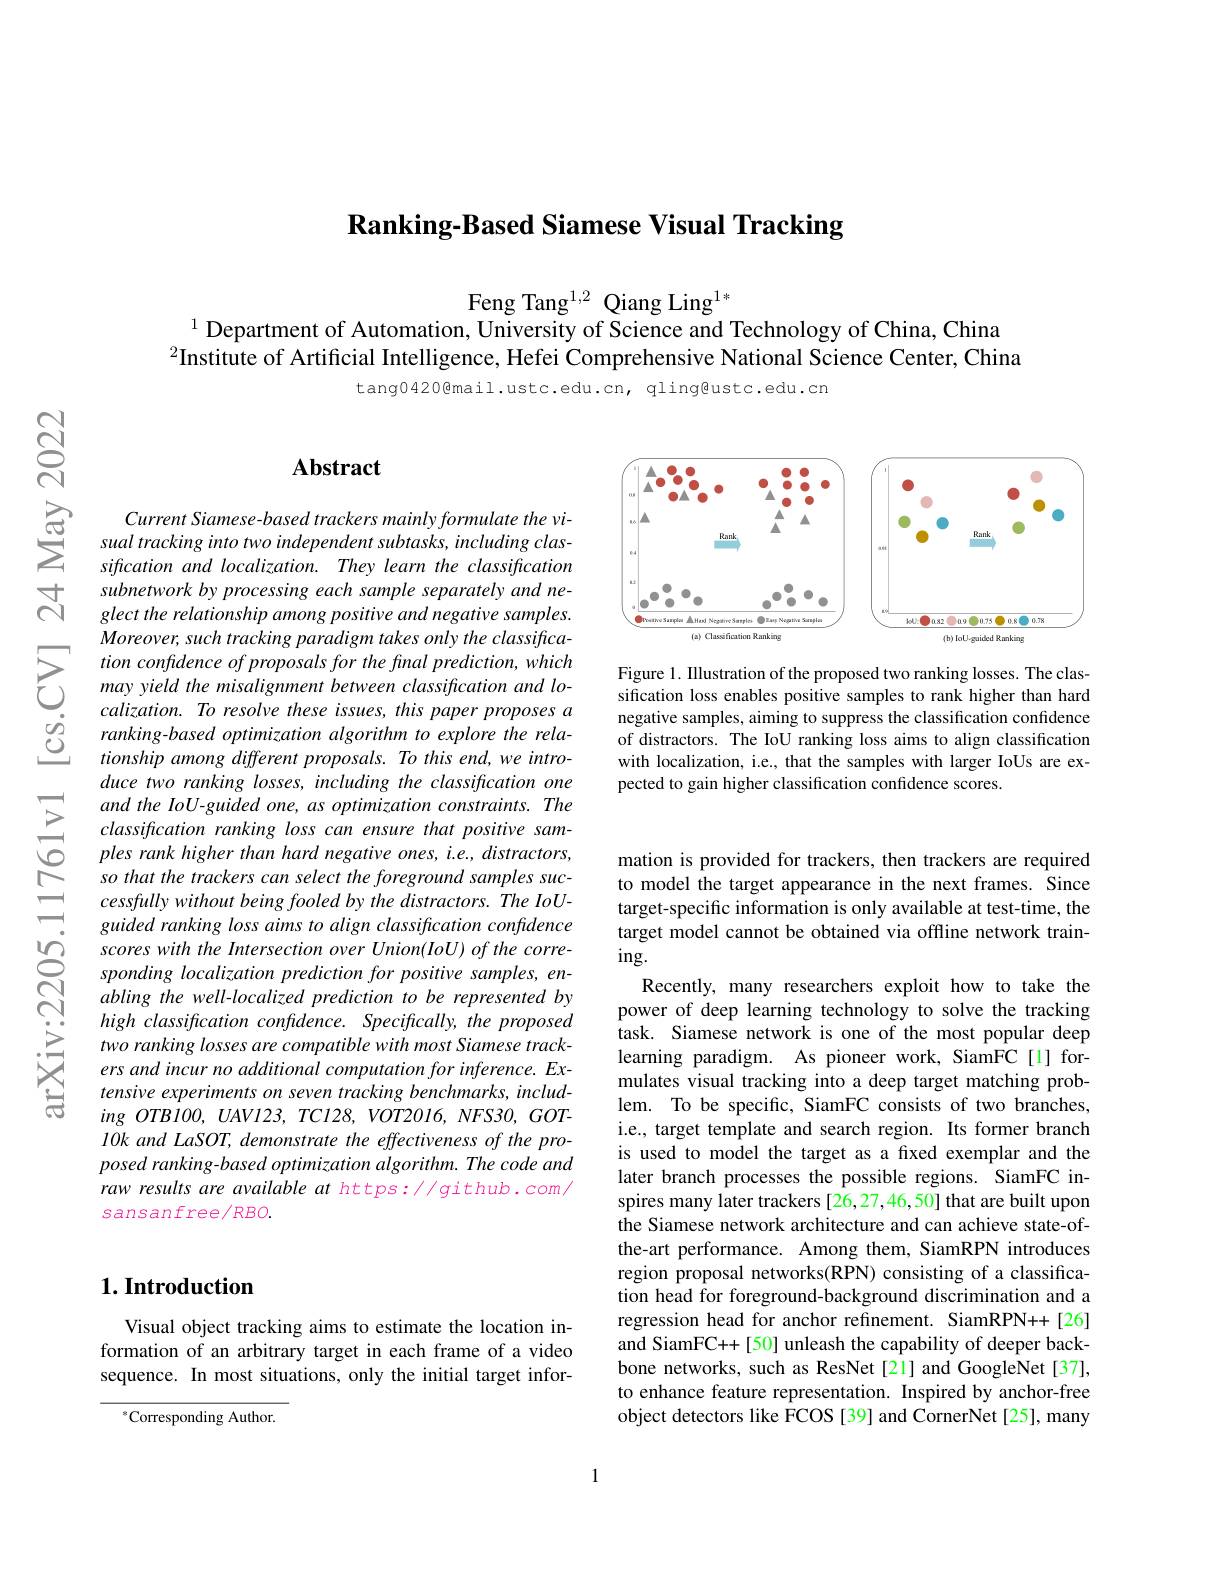
$\textbf{Ranking- Based Siamese Visual Tracking}$

Feng Tang$^{1,2}$ Qiang Ling$^{1*}$
$^{1}$ Department of Automation, University of Science and Technology of China, China $^{2}$Institute of Artificial Intelligence, Hefei Comprehensive National Science Center, China

tang0420@mail.ustc.edu.cn, qling@ustc.edu.cn

$ଟ୍ରି$

<FigureHere>

Figure 1. Illustration of the proposed two ranking losses. The classification loss enables positive samples to rank higher than hard negative samples, aiming to suppress the classification confidence of distractors. The IoU ranking loss aims to align classification with localization, i.e., that the samples with larger IoUs are expected to gain higher classification confidence scores.

## $\mathbf{Abstract}$

$\sum_{sualtracking~into~two~independent~subtasks,~including~clas-}\\\sum_{sification~and~localization.~Thev~lean~the~classiffication}$
sification and localization. They learn the classification subnetwork by processing each sample separately and neglect the relationship among positive and negative samples. Moreover, such tracking paradigm takes only the classification confidence of proposals for the final prediction, which may yield the misalignment between classification and localization. To resolve these issues, this paper proposes a ranking-based optimization algorithm to explore the relationship among different proposals. To this end, we introduce two ranking losses, including the classification one and the IoU-guided one, as optimization constraints. The classification ranking loss can ensure that positive samples rank higher than hard negative ones, i.e., distractors, so that the trackers can select the foreground samples successfully without being fooled by the distractors. The IoUguided ranking loss aims to align classification confidence scores with the Intersection over Union(IoU) of the corresponding localization prediction for positive samples, enabling the well-localized prediction to be represented by high classification confidence. Specifically, the proposed two ranking losses are compatible with most Siamese trackers and incur no additional computation for inference. Extensive experiments on seven tracking benchmarks, includ- $ingOTB100,UAVI23,TCI28,VOT2016,NFS30,GOT-$ l0k and LaSOT, demonstrate the effectiveness of the proposed ranking-based optimization algorithm. The code and raw results are available at https://github.com/ $sansanfree/RBO.$

mation is provided for trackers, then trackers are required to model the target appearance in the next frames. Since target-specific information is only available at test-time, the target model cannot be obtained via offline network train- $ing.$
Recently, many researchers exploit how to take the power of deep learning technology to solve the tracking $\hat{\text{task. Siamese network is one of the most popular deep}}$ learning paradigm. As pioneer work, SiamFC[1] formulates visual tracking into a deep target matching problem. To be specific, SiamFC consists of two branches, i.e., target template and search region. Its former branch is used to model the target as a fixed exemplar and the later branch processes the possible regions. SiamFC inspires many later trackers [26,27,46,50] that are built upon the Siamese network architecture and can achieve state-ofthe-art performance. Among them, SiamRPN introduces region proposal networks(RPN) consisting of a classification head for foreground-background discrimination and a regression head for anchor refinement. SiamRPN++[26] and SiamFC++[50] unleash the capability of deeper backbone networks, such as ResNet[21] and GoogleNet[37], to enhance feature representation. Inspired by anchor-free object detectors like FCOS [39] and CornerNet [25], many

## $1. \textbf{Introduction}$

Visual object tracking aims to estimate the location information of an arbitrary target in each frame of a video sequence. In most situations, only the initial target infor-

$^{*}$Corresponding Author.

1